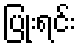
ပြုံးရင်း